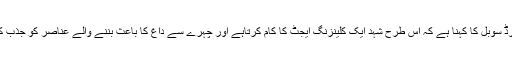
ڈاکٹر ہاورڈ سوبل کا کہنا ہے کہ اس طرح شہد ایک کلینزنگ ایجٹ کا کام کرتاہے اور چہرے سے داغ کا باعث بننے والے عناصر کو جذب کرلیتا ہے۔